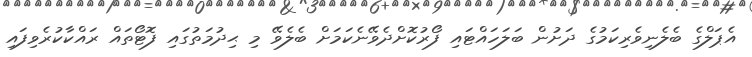
އެޕަލްގެ ބެލެނިވެރިކަމުގެ ދަށުން ބަލަހައްޓައި ފޯރުކޮށްދެވޭނެކަމަށް ބެލެވޭ މި ޙިދުމަތުގައި ފޮޓޯތައް ރައްކާކުރެވިފައި